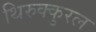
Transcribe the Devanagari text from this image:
थिरुक्कुरल